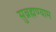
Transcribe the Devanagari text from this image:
सुब्रह्मण्याम